Report on sanitation, dispensaries, and jails in Rajputana for 1915, and on vaccination for the year 1915-1916 - 1915-1916
Year: 1915
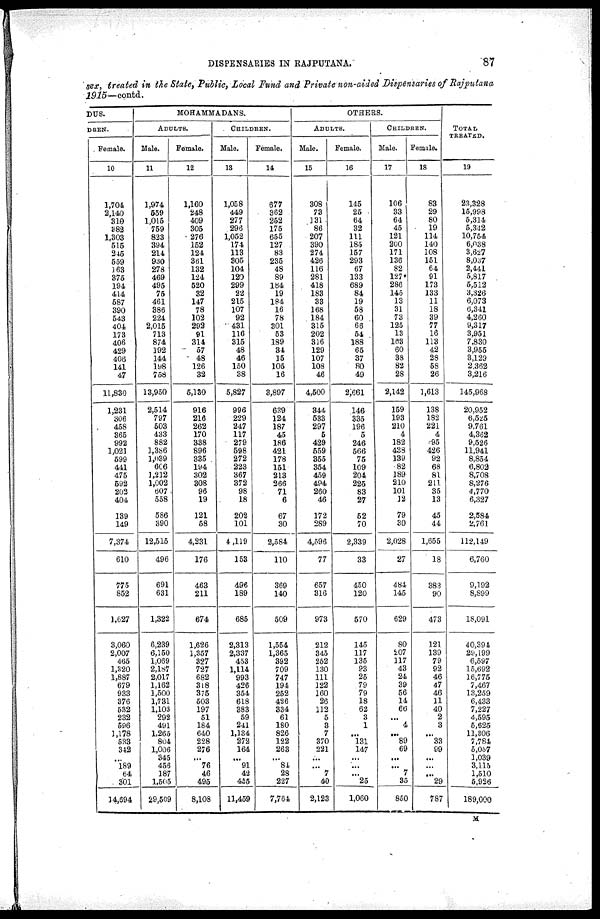
DISPENSARIES IN RAJPUTANA.
87
sex, treated in the State, Public, Local Fund and Private non-aided Dispensaries of Rajputana
1915—contd.
DUS.
DREN.
Female.
10
1,704
2,140
310
382
1,303
515
245
559
163
375
194
414
587
390
543
404
173
406
429
406
141
47
11,830
1,231
306
458
365
992
1,021
599
441
475
592
202
404
139
149
7,374
610
775
852
1,627
3,060
2,007
465
1,320
1,887
679
933
376
532
232
596
1,178
533
342
...
189
64
301
14,694
MOHAMMADANS.
ADULTS.
Male.
11
1,974
559
1,015
759
823
394
214
930
278
469
495
75
461
386
224
2,015
713
874
192
144
198
758
13,950
2,514
797
503
433
882
1,386
1,039
606
1,212
1,002
607
558
586
390
12,515
496
691
631
1,322
6,239
6,150
1,069
2,187
2,017
1,162
1,500
1,731
1,103
292
491
1,265
804
1,006
345
456
187
1,505
29,509
Female.
12
1,160
248
409
305
276
152
124
361
132
124
520
32
147
78
102
292
91
314
57
48
126
32
5,130
916
216
262
170
338
896
335
194
302
308
96
19
121
58
4,231
176
463
211
674
1,626
1,357
327
727
682
318
375
503
197
51
184
640
228
276
...
76
46
495
8,108
CHILDREN.
Male.
13
1,058
449
277
296
1,052
174
113
905
104
120
299
22
215
107
92
431
116
315
48
46
150
38
5,827
996
229
247
117
279
598
272
223
367
372
98
18
202
101
4,119
153
496
189
685
2,313
2,337
453
1,114
993
426
354
618
383
59
241
1,134
272
164
...
91
42
455
11,459
Female.
14
677
362
252
175
655
127
83
235
48
89
184
19
184
16
78
301
53
189
34
15
105
16
3,897
639
124
187
45
186
421
178
151
213
266
71
6
67
30
2,584
110
369
140
509
1,554
1,365
392
709
747
194
252
426
334
61
180
826
122
263
...
84
28
227
7,764
OTHERS.
ADULTS.
Male.
15
308
73
131
86
207
390
274
426
116
281
418
183
33
168
184
315
202
316
129
107
108
46
4,500
344
533
297
5
429
559
355
354
459
494
260
46
172
289
4,596
77
657
316
973
212
345
252
130
111
122
160
26
112
5
3
7
370
221
...
...
7
40
2,123
Female.
16
145
25
64
32
111
185
157
293
67
133
689
84
19
58
60
66
54
188
65
37
80
49
2,661
146
335
196
5
246
566
75
109
201
225
83
27
62
70
2,339
33
450
120
570
145
117
135
93
25
79
79
18
62
3
1
...
131
147
...
...
...
25
1,060
CHILDREN.
Male.
17
106
33
64
45
121
200
171
136
82
127
286
145
13
31
73
125
13
l63
60
38
82
28
2,142
159
193
210
4
182
438
139
82
189
210
101
12
79
30
2,028
27
484
145
629
80
207
117
43
24
39
56
14
66
...
4
...
89
69
...
...
7
35
850
Female.
18
83
29
80
19
114
140
108
151
64
91
173
133
11
18
39
77
16
113
42
28
58
26
1,613
138
182
221
4
95
426
92
68
81
211
35
13
45
44
1,655
18
383
90
473
121
139
79
92
46
47
46
11
40
2
3
...
33
99
...
...
...
29
787
TOTAL
TREATED.
19
23,328
15,998
5,314
5,342
10,754
6,038
3,627
8,037
2,441
5,817
5,513
3,326
6,073
6,341
4,260
9,317
3,951
7,830
3,955
3,129
2,362
3,216
145,968
20,952
6,525
9,761
4,362
9,526
11,941
8,854
6,802
8,708
8,276
4,770
6,327
2,584
2,761
112,149
6,760
9,192
8,899
18,091
40,394
29,199
6,597
15,692
16,775
7,467
13,259
6,433
7,227
4,595
5,625
11,306
7,784
5,057
1,039
3,115
1,510
6,926
189,000
M